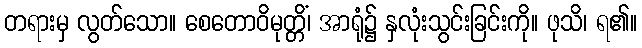
တရားမှ လွတ်သော။ စေတောဝိမုတ္တိံ၊ အာရုံ၌ နှလုံးသွင်းခြင်းကို။ ဖုသိ၊ ရ၏။